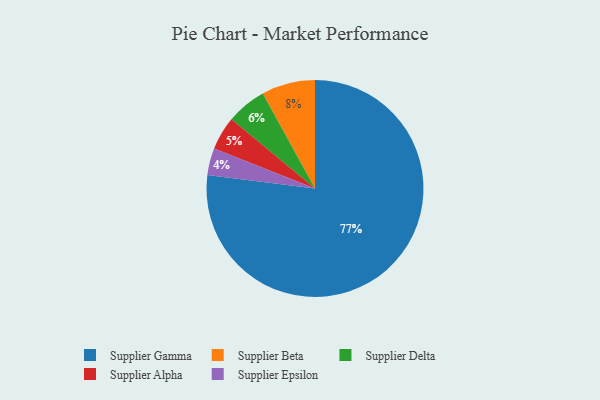
{"axis": {"x": "Category", "y": "Percentage"}, "legend": ["Supplier Alpha", "Supplier Beta", "Supplier Delta", "Supplier Epsilon", "Supplier Gamma"], "data": [{"x": "Supplier Epsilon", "y": 4, "type": "Supplier Epsilon"}, {"x": "Supplier Alpha", "y": 5, "type": "Supplier Alpha"}, {"x": "Supplier Delta", "y": 6, "type": "Supplier Delta"}, {"x": "Supplier Beta", "y": 8, "type": "Supplier Beta"}, {"x": "Supplier Gamma", "y": 77, "type": "Supplier Gamma"}]}